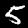
Label: 5